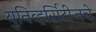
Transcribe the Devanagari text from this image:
युनिव्हर्सिटीजचे